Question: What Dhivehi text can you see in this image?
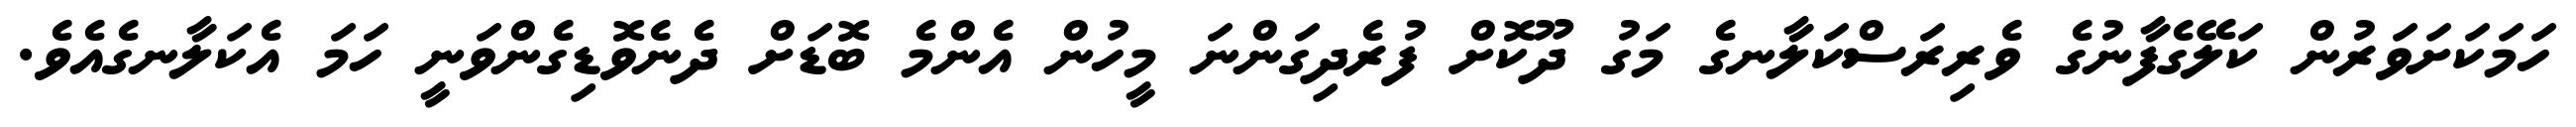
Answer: ހަމަކަށަވަރުން ކަލޭގެފާނުގެ ވެރިރަސްކަލާނގެ މަގު ދޫކޮށް ފުރެދިގަންނަ މީހުން އެންމެ ބޮޑަށް ދެނެވޮޑިގެންވަނީ ހަމަ އެކަލާނގެއެވެ.